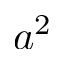
a ^ { 2 }